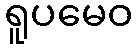
ရူပမေဝ